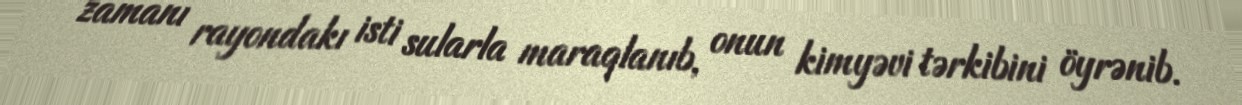
zamanı rayondakı isti sularla maraqlanıb, onun kimyəvi tərkibini öyrənib.